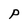
Character: P